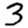
Digit: 3